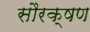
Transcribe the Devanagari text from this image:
सौरक्षण